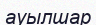
ауылшар